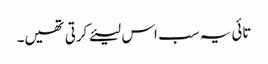
تائی یہ سب اس لیئے کرتی تھیں۔